Annual report on the health of the army in India
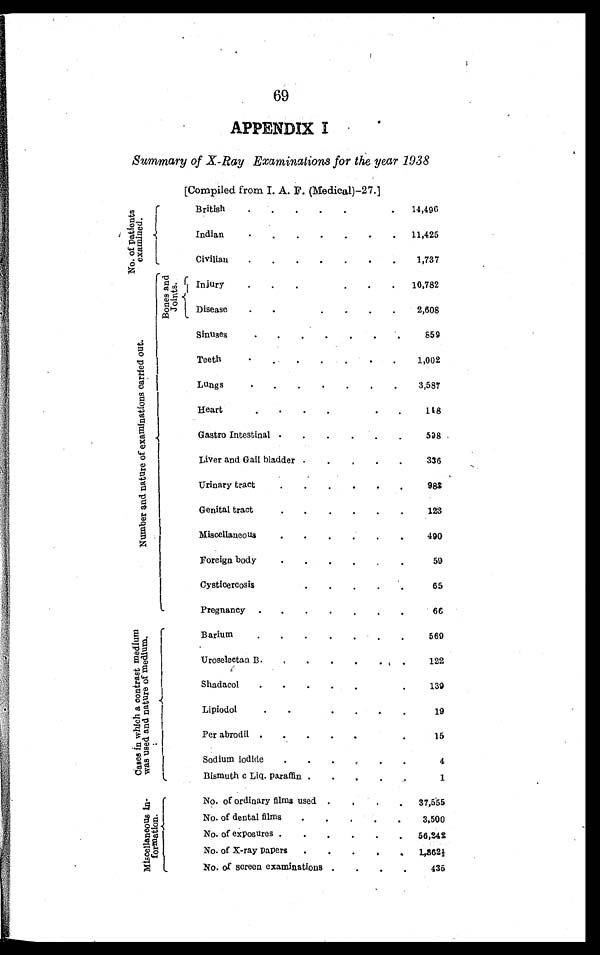
69
APPENDIX I
Summary of X-Ray Examinations for the year 1938
N o . o f p a t i e n t s e x a m i n e d .
[Compiled from I. A. F. (Medical)-27.]
British . . .
14,496
Indian . . .
11,425
Civilian . . .
1,737
B o n e s a n d j o i n t s .
Injury . . .
16,782
Disease . . .
2,608
N u m b e r a n d n a t u r e o f e x a m i n a t i o n s c a r r i e d o u t .
Sinuses
859
Teeth . . .
1,002
Lungs . . .
3,587
Heart . . .
1 4 8
Gastro Intestinal . . .
5 9 8
Liver and Gall bladder . . .
336
Urinary tract . . .
9 8 3
Genital tract . . .
123
Miscellaneous . . .
490
Foreign body . . .
59
C y s t i o e r c o s i s . . .
65
Pregnancy . . .
66
C a s e s i n w h i c h a c o n t r a s t m e d i u m w a s u s e d a n d n a t u r e o f m e d i u m .
Barium . . .
569
122
Uroselectan B . . .
Shadacol . . .
139
Lipiodol . . .
19
Per abrodil . . .
1 5
Sodium iodide . . .
4
Bismuth cL i q . P a r a f f i n
1
M i s c e l l a n e o u s I n - f o r m a t i o n .
No. of ordinary films used . . . 37,555
No. of dental films . . .
3,500
No. of exposures . . . 56,242
No. of X-ray papers . . .
1 , 3 6 2 1 / 3
No. of screen examinations . . .
435